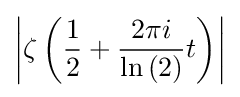
\left\vert \zeta \left({\frac {1}{2}}+{\frac {2\pi {i}}{\ln {(2)}}}t\right)\right\vert